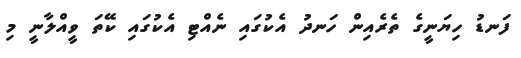
ފަނޑު ހިޔަނީގެ ތެރެއިން ހަނދު އެކުގައި ނެއްޓި އެކުގައި ކޭތަ ވީއްލާނީ މި